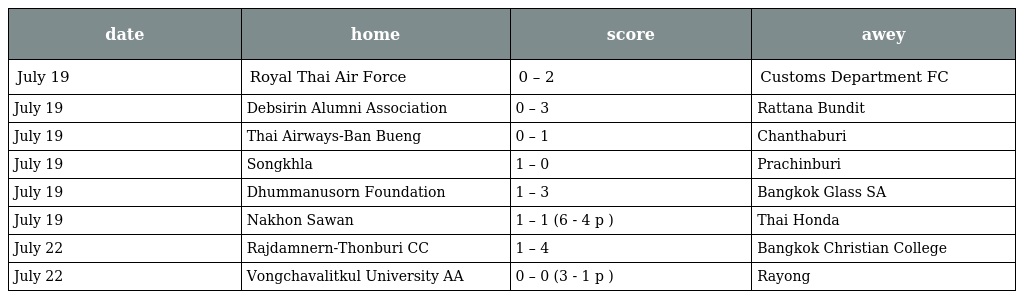
| date | home | score | awey |
 | --- | --- | --- | --- |
 | July 19 | Royal Thai Air Force | 0 – 2 | Customs Department FC |
 | July 19 | Debsirin Alumni Association | 0 – 3 | Rattana Bundit |
 | July 19 | Thai Airways-Ban Bueng | 0 – 1 | Chanthaburi |
 | July 19 | Songkhla | 1 – 0 | Prachinburi |
 | July 19 | Dhummanusorn Foundation | 1 – 3 | Bangkok Glass SA |
 | July 19 | Nakhon Sawan | 1 – 1 (6 - 4 p ) | Thai Honda |
 | July 22 | Rajdamnern-Thonburi CC | 1 – 4 | Bangkok Christian College |
 | July 22 | Vongchavalitkul University AA | 0 – 0 (3 - 1 p ) | Rayong |